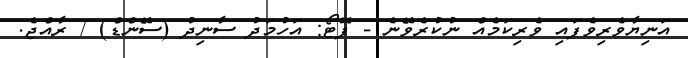
އަނިޔާވެރިވެފައި ވެރިކަމެއް ނުކުރެވޭނެ - ފޮޓޯ: އަހުމަދު ސާނިދު (ސޭންޑް) / ރާއްޖެ.